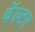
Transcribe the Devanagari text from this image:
वॅल्टर